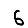
Digit: 6